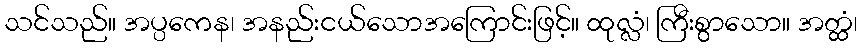
သင်သည်။ အပ္ပကေန၊ အနည်းငယ်သောအကြောင်းဖြင့်။ ထုလ္လံ၊ ကြီးစွာသော။ အတ္ထံ၊